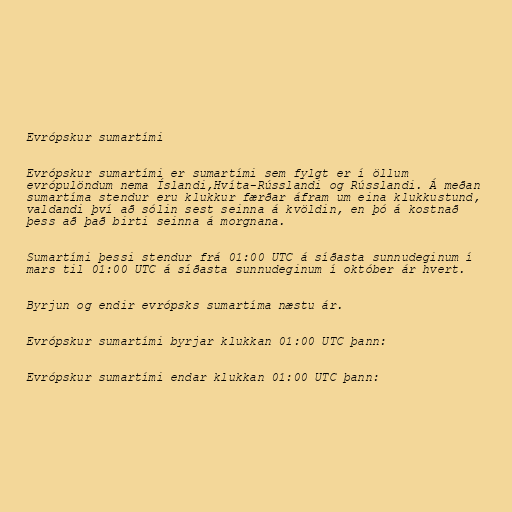
Evrópskur sumartími

Evrópskur sumartími er sumartími sem fylgt er í öllum
evrópulöndum nema Íslandi,Hvíta-Rússlandi og Rússlandi. Á meðan
sumartíma stendur eru klukkur færðar áfram um eina klukkustund,
valdandi því að sólin sest seinna á kvöldin, en þó á kostnað
þess að það birti seinna á morgnana.

Sumartími þessi stendur frá 01:00 UTC á síðasta sunnudeginum í
mars til 01:00 UTC á síðasta sunnudeginum í október ár hvert.

Byrjun og endir evrópsks sumartíma næstu ár.

Evrópskur sumartími byrjar klukkan 01:00 UTC þann:

Evrópskur sumartími endar klukkan 01:00 UTC þann: